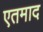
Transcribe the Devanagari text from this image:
एतमाद